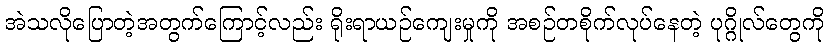
အဲသလိုပြောတဲ့အတွက်ကြောင့်လည်း ရိုးရာယဉ်ကျေးမှုကို အစဉ်တစိုက်လုပ်နေတဲ့ ပုဂ္ဂိုလ်တွေကို